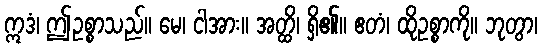
ဣဒံ၊ ဤဥစ္စာသည်။ မေ၊ ငါအား။ အတ္ထိ၊ ရှိ၏။ ဧတံ၊ ထိုဥစ္စာကို။ ဘုတွာ၊